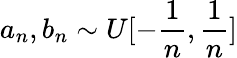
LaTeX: a_{n},b_{n}\sim U[-\frac{1}{n},\frac{1}{n}]